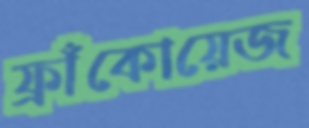
ফ্রাঁকোয়েজ